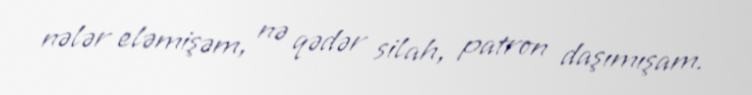
nələr eləmişəm, nə qədər silah, patron daşımışam.